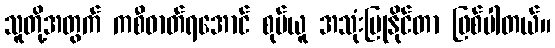
သူတို့အတွက် ကစီဓာတ်ရအောင် စုပ်ယူ အသုံးပြုနိုင်တာ ဖြစ်ပါတယ်။